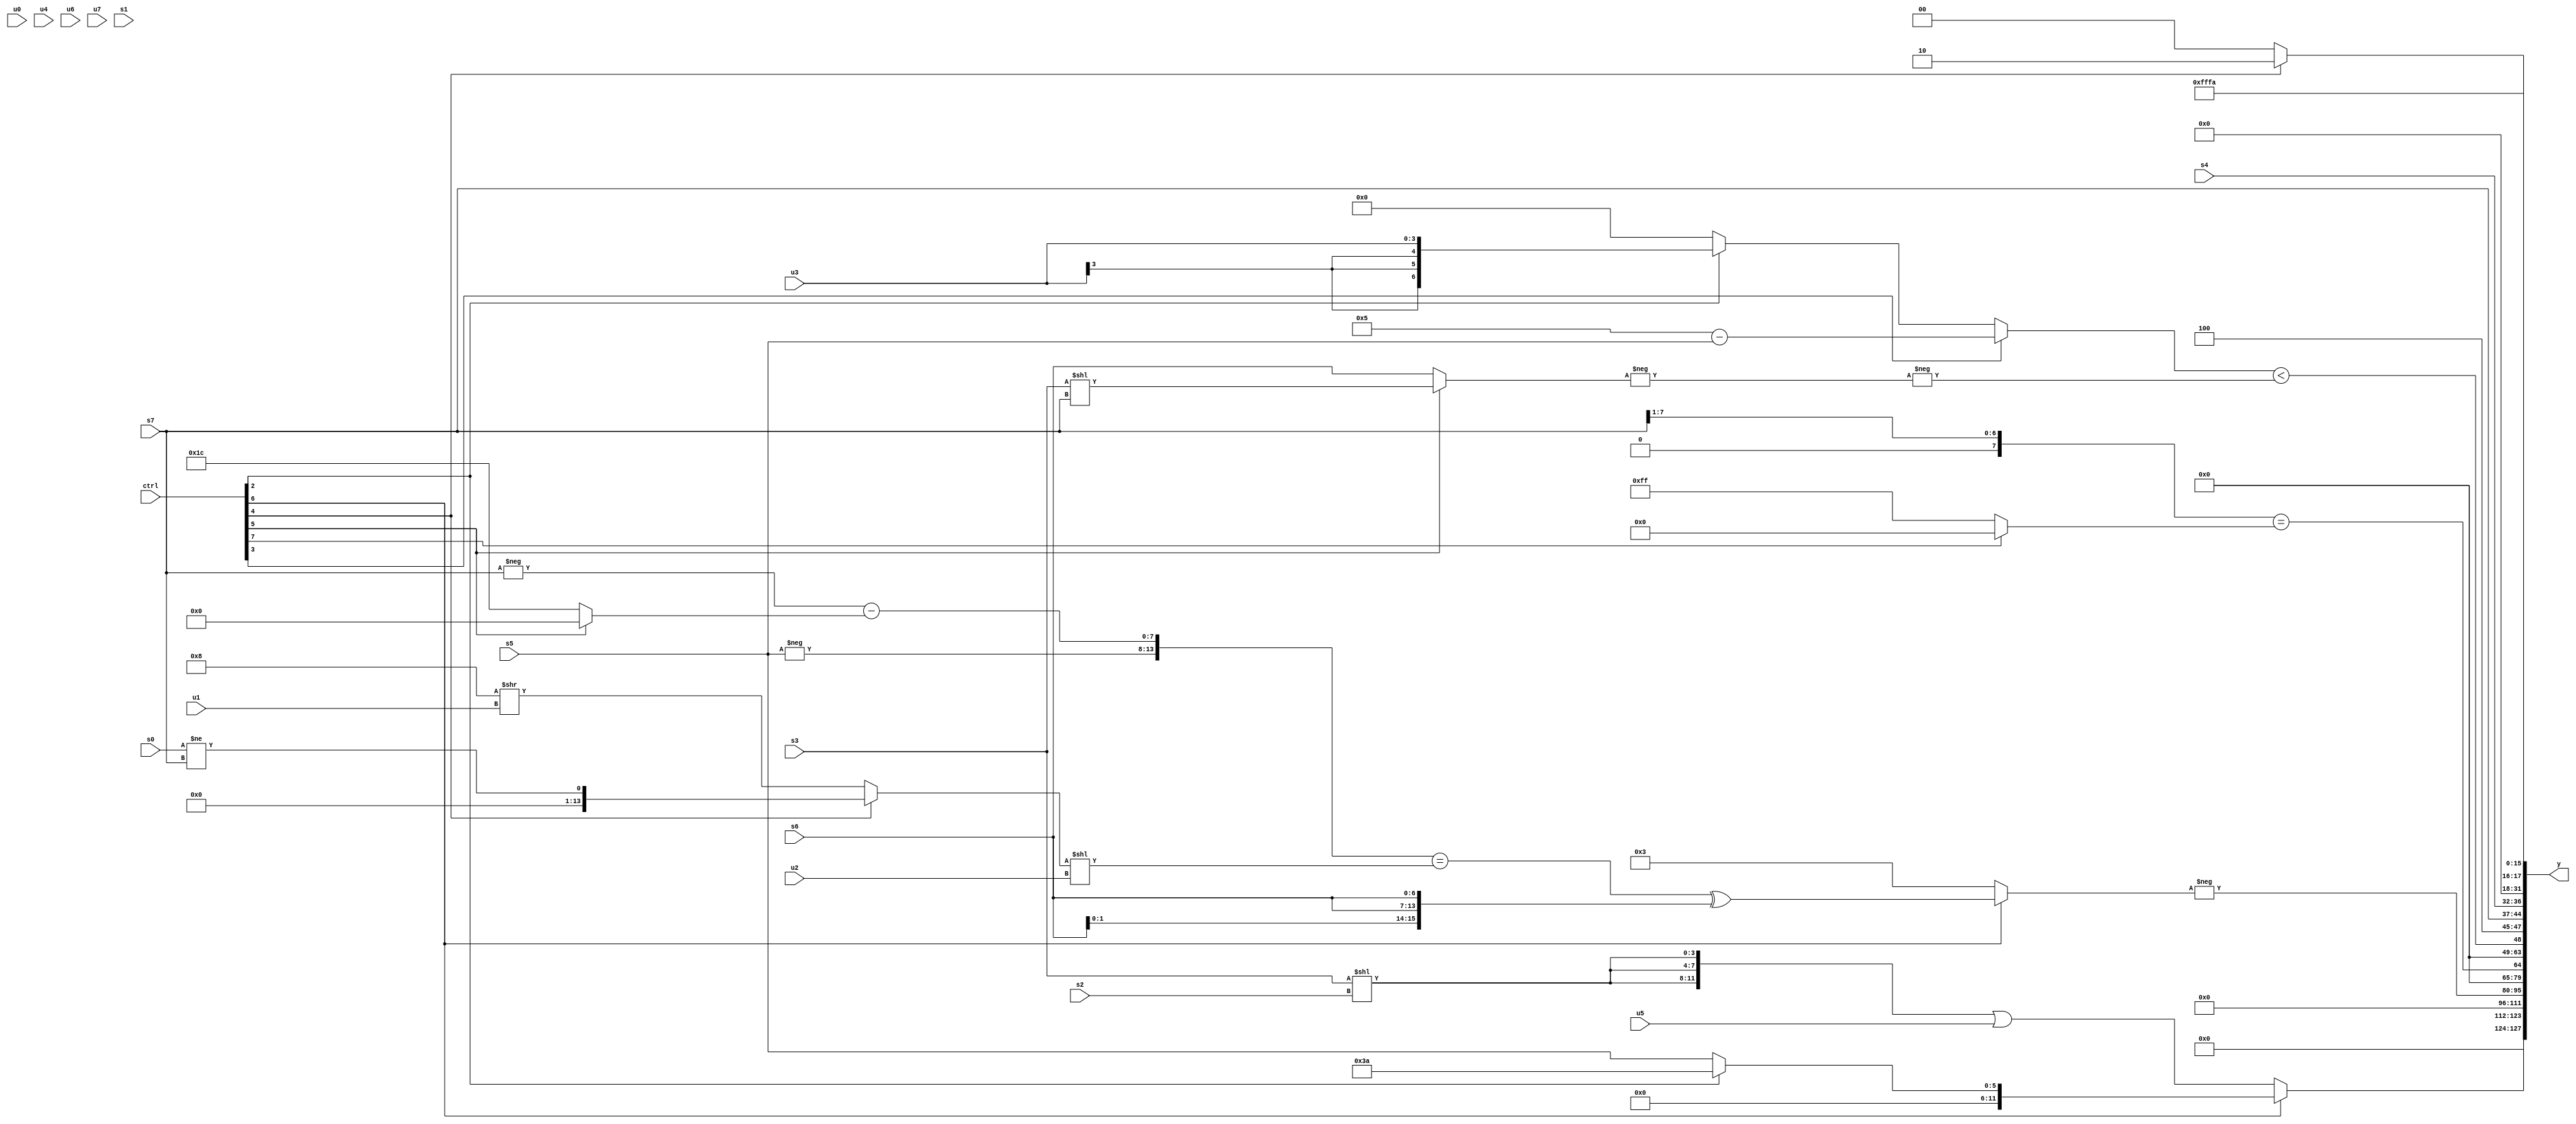
module wideexpr_00447(ctrl, u0, u1, u2, u3, u4, u5, u6, u7, s0, s1, s2, s3, s4, s5, s6, s7, y);
  input [7:0] ctrl;
  input [0:0] u0;
  input [1:0] u1;
  input [2:0] u2;
  input [3:0] u3;
  input [4:0] u4;
  input [5:0] u5;
  input [6:0] u6;
  input [7:0] u7;
  input signed [0:0] s0;
  input signed [1:0] s1;
  input signed [2:0] s2;
  input signed [3:0] s3;
  input signed [4:0] s4;
  input signed [5:0] s5;
  input signed [6:0] s6;
  input signed [7:0] s7;
  output [127:0] y;
  wire [15:0] y0;
  wire [15:0] y1;
  wire [15:0] y2;
  wire [15:0] y3;
  wire [15:0] y4;
  wire [15:0] y5;
  wire [15:0] y6;
  wire [15:0] y7;
  assign y = {y0,y1,y2,y3,y4,y5,y6,y7};
  assign y0 = (ctrl[6]?$unsigned((ctrl[2]?4'sb1010:(ctrl[4]?s5:s5))):({$signed({3{(s3)<<(s2)}})})|(u5));
  assign y1 = 5'b00000;
  assign y2 = -((ctrl[6]?$signed((({$signed(-(s5)),(-(s7))-((ctrl[5]?1'sb0:5'sb11100))})==(((ctrl[4]?(s0)!=(s7):(4'b1000)>>(u1)))<<(u2)))^({3{+(s6)}})):$signed((3'b110)>>(3'sb001))));
  assign y3 = ((s7)>>({1{~^(6'sb001001)}}))==((ctrl[7]?(-(6'sb100000))>>>(4'b1001):1'sb1));
  assign y4 = ((ctrl[3]?+(($signed(5'sb00101))-(s5)):(ctrl[2]?$signed($signed(u3)):+((3'sb001)<<(6'b110010)))))<(-(-((ctrl[5]?(s3)<<(s7):$signed(s6)))));
  assign y5 = $signed({((+((ctrl[4]?5'sb11011:s0)))|(((s7)<(s4))-(2'sb10)))^~(s5),5'sb10100,s7,$unsigned($unsigned(s4))});
  assign y6 = (ctrl[4]?(1'sb1)^(3'sb101):2'sb00);
  assign y7 = 4'sb1010;
endmodule